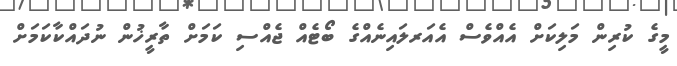
މީގެ ކުރިން މަލިކަށް އެއްވެސް އެއަރލައިނެއްގެ ބޯޓެއް ޖެއްސި ކަމަށް ތާރީޚުން ނުދައްކާކަމަށް